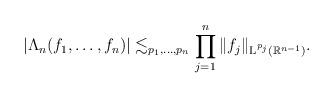
LaTeX: \begin{align*}|\Lambda_n(f_1,\dots,f_n)| \lesssim_{p_1,\ldots,p_n} \prod_{j=1}^n \|f_j\|_{\textup{L}^{p_j}(\mathbb{R}^{n-1})}.\end{align*}